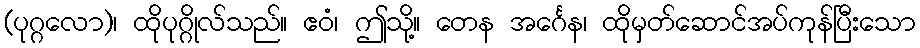
(ပုဂ္ဂလော)၊ ထိုပုဂ္ဂိုလ်သည်။ ဧဝံ၊ ဤသို့။ တေန အင်္ဂေန၊ ထိုမှတ်ဆောင်အပ်ကုန်ပြီးသော